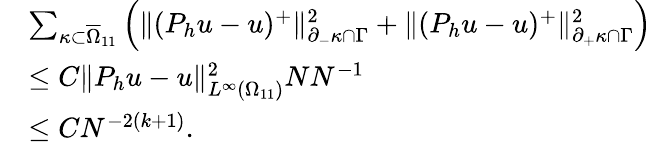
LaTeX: \begin{array}{rl}&{\sum_{\kappa\subset\overline{{\Omega}}_{11}}\left(\Vert(P_{h}u-u)^{+}\Vert_{\partial_{-}\kappa\cap\Gamma}^{2}+\Vert(P_{h}u-u)^{+}\Vert_{\partial_{+}\kappa\cap\Gamma}^{2}\right)}\\ &{\le C\Vert P_{h}u-u\Vert_{L^{\infty}(\Omega_{11})}^{2}NN^{-1}}\\ &{\le CN^{-2(k+1)}.}\end{array}